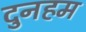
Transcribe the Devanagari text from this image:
दुनहम